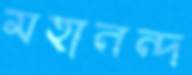
মহানন্দ